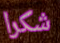
شكرا